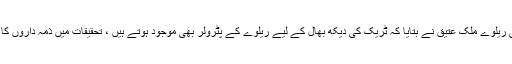
ایس ایس پی ریلوے ملک عتیق نے بتایا کہ ٹریک کی دیکھ بھال کے لیے ریلوے کے پٹرولر بھی موجود ہوتے ہیں ، تحقیقات میں ذمہ داروں کا تعین ہوگا ۔